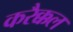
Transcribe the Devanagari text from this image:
करैक्कल